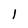
Character: l